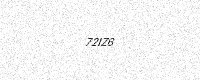
Text: 72IZ6